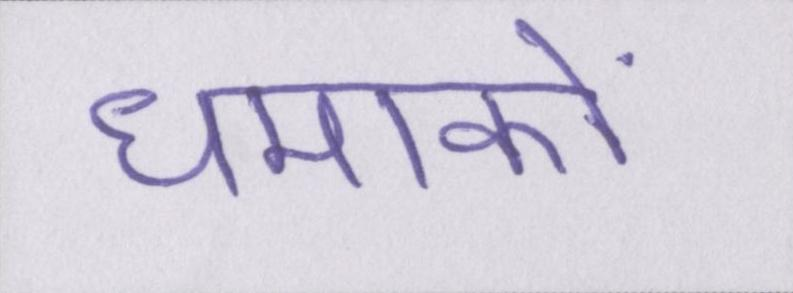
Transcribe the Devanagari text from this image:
धमाकों